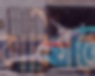
কারিগরে